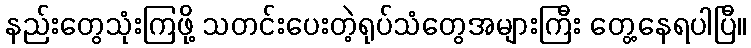
နည်းတွေသုံးကြဖို့ သတင်းပေးတဲ့ရုပ်သံတွေအများကြီး တွေ့နေရပါပြီ။